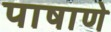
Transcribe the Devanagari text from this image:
पाषाणे